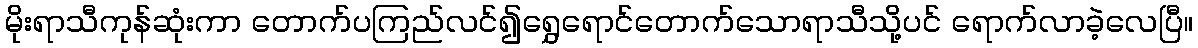
မိုးရာသီကုန်ဆုံးကာ တောက်ပကြည်လင်၍ရွှေရောင်တောက်သောရာသီသို့ပင် ရောက်လာခဲ့လေပြီ။